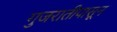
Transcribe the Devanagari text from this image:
गुजरातीपासून